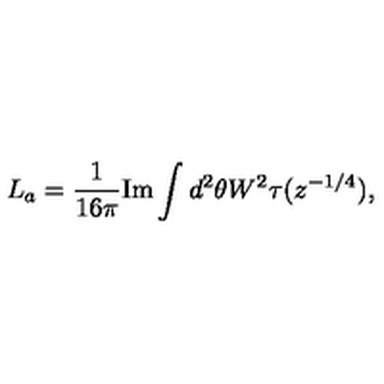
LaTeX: L _ { a } = \frac { 1 } { 1 6 \pi } \mathrm { I m } \int d ^ { 2 } \theta W ^ { 2 } \tau ( z ^ { - 1 / 4 } ) ,